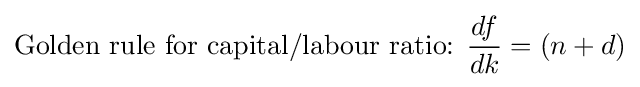
{\mbox{Golden rule for capital/labour ratio:  }}{\frac {df}{dk}}=(n+d)